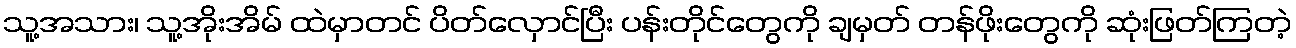
သူ့အသား၊ သူ့အိုးအိမ် ထဲမှာတင် ပိတ်လှောင်ပြီး ပန်းတိုင်တွေကို ချမှတ် တန်ဖိုးတွေကို ဆုံးဖြတ်ကြတဲ့